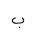
Letter: _ba